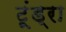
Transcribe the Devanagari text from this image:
टूंड्रा